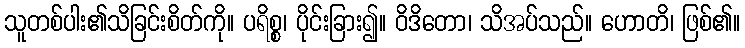
သူတစ်ပါး၏သိခြင်းစိတ်ကို။ ပရိစ္စ၊ ပိုင်းခြား၍။ ဝိဒိတော၊ သိအပ်သည်။ ဟောတိ၊ ဖြစ်၏။